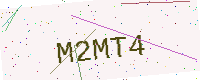
Text: M2MT4